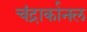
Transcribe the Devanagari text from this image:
चंद्रार्कानल